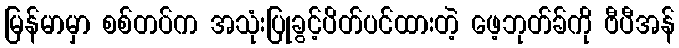
မြန်မာမှာ စစ်တပ်က အသုံးပြုခွင့်ပိတ်ပင်ထားတဲ့ ဖေ့ဘုတ်ခ်ကို ဗီပီအန်